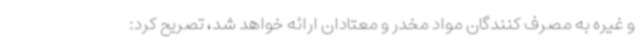
و غیره به مصرف کنندگان مواد مخدر و معتادان ارائه خواهد شد، تصریح کرد: